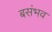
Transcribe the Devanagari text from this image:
बसंभव